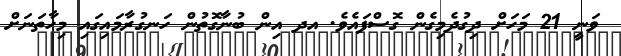
ވަނީ 21 މަަހަށް ދިގުދެމިގެން ގޮސްފައެވެ. އދ އިން ބުނާގޮތުން ހަނގުރާމައިގައި މިހާތަނަށް